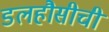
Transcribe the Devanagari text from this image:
डलहौसीची